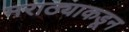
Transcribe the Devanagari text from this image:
मराठ्याकडून